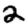
Digit: 2